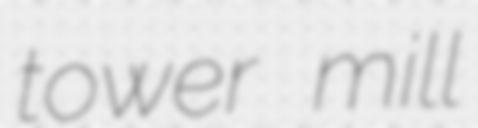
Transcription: tower mill